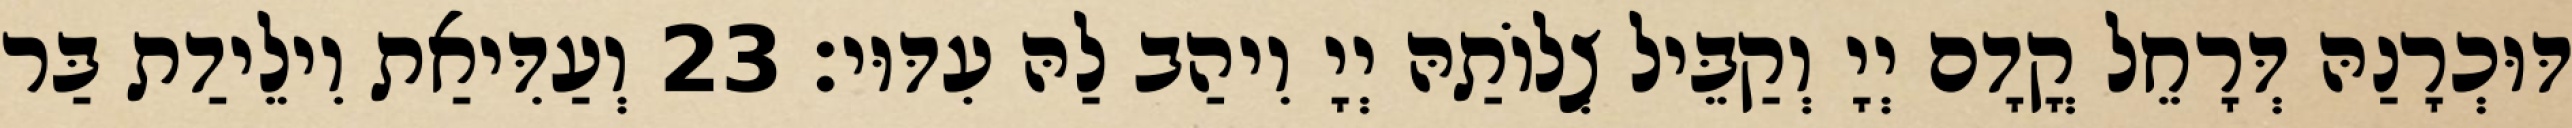
דּוּכְרָנַהּ דְּרָחֵל קֳדָם יְיָ וְקַבֵּיל צְלוֹתַהּ יְיָ וִיהַב לַהּ עִדּוּי׃ 23 וְעַדִּיאַת וִילֵידַת בַּר